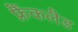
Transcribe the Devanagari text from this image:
फ्रैंकलैड